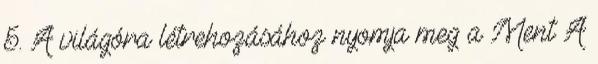
5. A világóra létrehozásához nyomja meg a Ment A